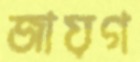
জায়গ